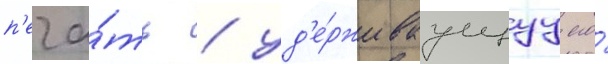
п'еча́ть / уд'е́рживаущуу его́